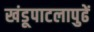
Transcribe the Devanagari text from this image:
खंडूपाटलापुढें